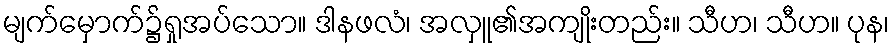
မျက်မှောက်၌ရှုအပ်သော။ ဒါနဖလံ၊ အလှူ၏အကျိုးတည်း။ သီဟ၊ သီဟ။ ပုန၊